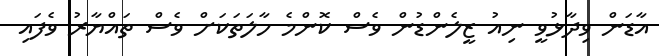
އާޑަން ވިދާޅުވީ ނިއު ޒީލެންޑުން ވެސް ކޮންމެ ހާލަތަކަށް ވެސް ތައްޔާރު ވެފައި